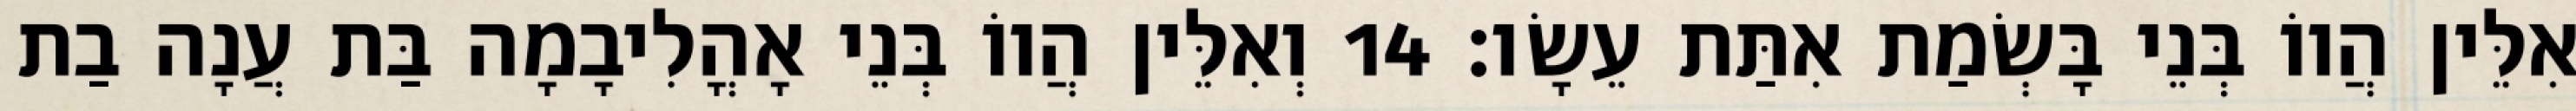
אִלֵּין הֲווֹ בְּנֵי בָּשְׂמַת אִתַּת עֵשָׂו׃ 14 וְאִלֵּין הֲווֹ בְּנֵי אָהֳלִיבָמָה בַּת עֲנָה בַת